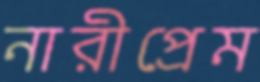
নারীপ্রেম